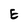
Character: E